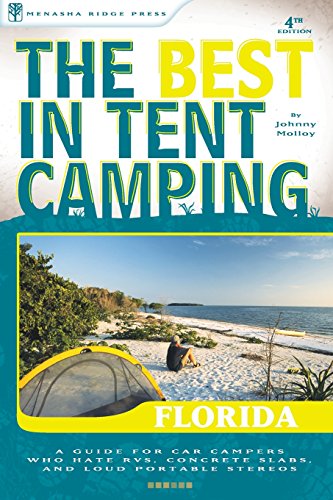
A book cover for The Best in Tent Camping: Florida: A Guide for Car Campers Who Hate RVs, Concrete Slabs, and Loud Portable Stereos (Best Tent Camping); Johnny Molloy; Sports & Outdoors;